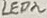
Text: LED2